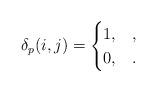
LaTeX: \begin{gather*}\delta_p(i,j) = \begin{cases} 1, & , \\ 0, & . \end{cases}\end{gather*}